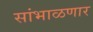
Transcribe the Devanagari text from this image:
सांभाळणार